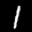
Label: 1